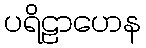
ပရိဠာဟေန